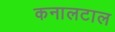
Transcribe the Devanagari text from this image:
कनालटाल